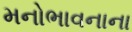
મનોભાવનાના